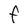
Character: F